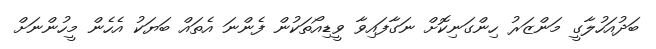
ބަދުއަހުލާގީ މަންޒަރު ހިންގަނިކޮށް ނަގާފައިވާ ވީޑިއޯތަކުން ފެންނަ އެތައް ބަޔަކު އެހެން މީހުންނަށް